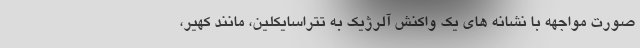
صورت مواجهه با نشانه های یک واکنش آلرژیک به تتراسایکلین، مانند کهیر،